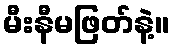
မီးနီမဖြတ်နဲ့။